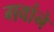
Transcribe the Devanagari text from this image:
गवांने